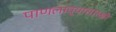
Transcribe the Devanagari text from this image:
पाणलाव्यासारखी